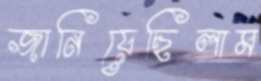
জানিয়েছিলাম